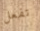
تفعل